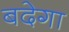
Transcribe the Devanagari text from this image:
बदेगा